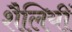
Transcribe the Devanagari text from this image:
शैलियीं